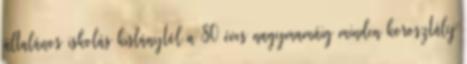
általános iskolás kislánytól a 80 éves nagymamáig minden korosztály